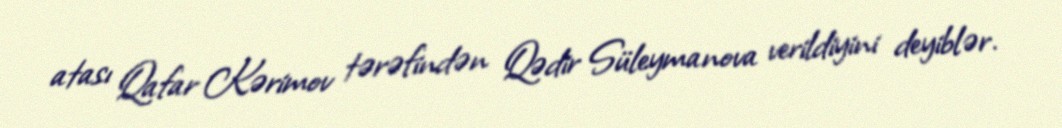
atası Qafar Kərimov tərəfindən Qədir Süleymanova verildiyini deyiblər.